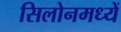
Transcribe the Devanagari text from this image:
सिलोनमध्यें